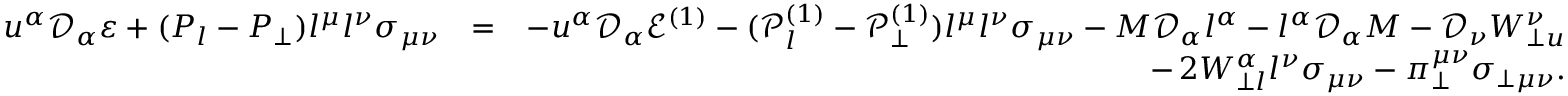
\begin{array} { r l r } { u ^ { \alpha } \mathcal { D } _ { \alpha } \varepsilon + ( P _ { l } - P _ { \perp } ) l ^ { \mu } l ^ { \nu } \sigma _ { \mu \nu } } & { = } & { - u ^ { \alpha } \mathcal { D } _ { \alpha } \mathcal { E } ^ { ( 1 ) } - ( \mathcal { P } _ { l } ^ { ( 1 ) } - \mathcal { P } _ { \perp } ^ { ( 1 ) } ) l ^ { \mu } l ^ { \nu } \sigma _ { \mu \nu } - M \mathcal { D } _ { \alpha } l ^ { \alpha } - l ^ { \alpha } \mathcal { D } _ { \alpha } M - \mathcal { D } _ { \nu } W _ { \perp u } ^ { \nu } } \\ & { } & { - \, 2 W _ { \perp l } ^ { \alpha } l ^ { \nu } \sigma _ { \mu \nu } - \pi _ { \perp } ^ { \mu \nu } \sigma _ { \perp \mu \nu } . } \end{array}